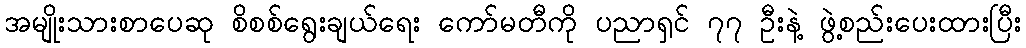
အမျိုးသားစာပေဆု စိစစ်ရွေးချယ်ရေး ကော်မတီကို ပညာရှင် ၇၇ ဦးနဲ့ ဖွဲ့စည်းပေးထားပြီး